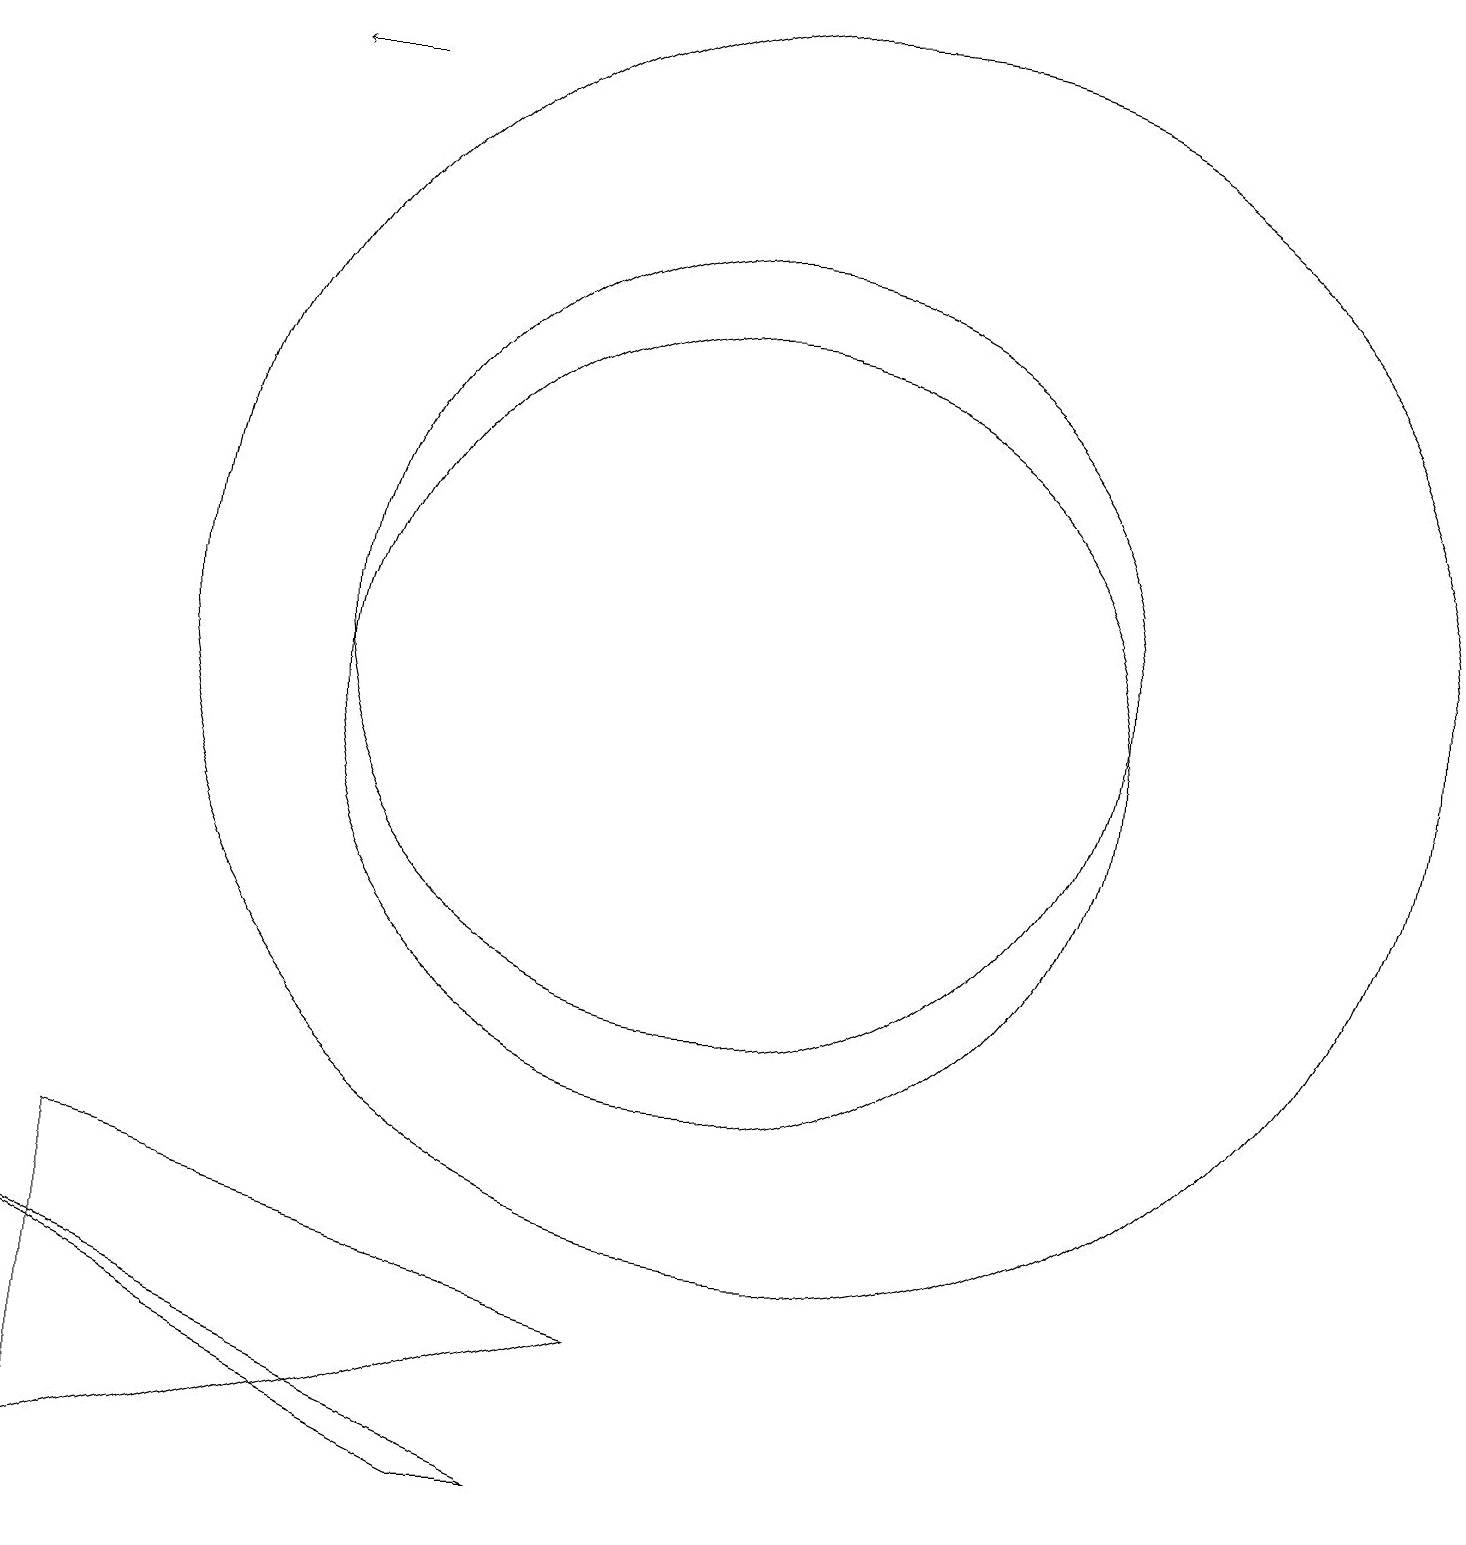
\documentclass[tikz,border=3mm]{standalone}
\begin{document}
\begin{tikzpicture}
\draw (10,11) circle (5);
\draw (7,0) -- (8,0) -- (1,3) -- cycle;
\draw (12,10) circle (0);
\draw[->] (5,18) -- (4,18);
\draw (11,11) circle (8);
\draw (9,2) -- (2,0) -- (2,4) -- cycle;
\draw (10,10) circle (5);
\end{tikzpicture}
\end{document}